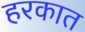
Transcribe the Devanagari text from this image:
हरकात